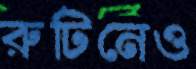
রুটিনেও